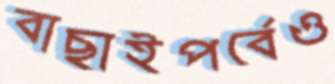
বাছাইপর্বেও